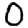
Digit: 0